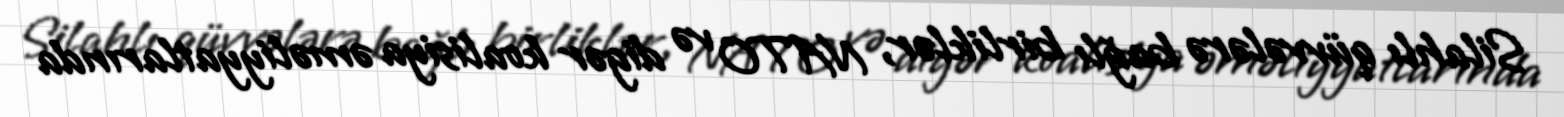
Silahlı qüvvələrə bağlı birliklər, NATO və digər koalisiya əməliyyatlarında